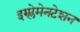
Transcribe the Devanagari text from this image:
इम्प्लेमेनटेशन